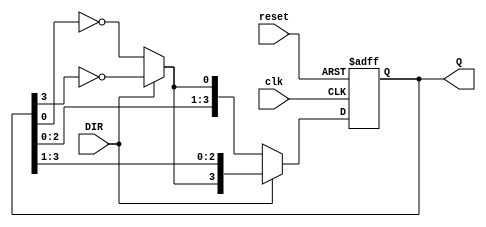
module bidirectional_johnson_counter (
    input wire clk,          // Clock signal
    input wire reset,        // Reset signal
    input wire DIR,          // Direction control (1 for up/right, 0 for down/left)
    output reg [3:0] Q       // 4-bit output for the counter (can be adjusted for n flip-flops)
);

    // Internal signal for the feedback
    wire feedback;

    // Feedback is the inverted value of the last bit of the counter
    assign feedback = DIR ? ~Q[3] : ~Q[0];

    always @(posedge clk or posedge reset) begin
        if (reset) begin
            Q <= 4'b0000; // Reset the counter to 0000
        end else begin
            if (DIR) begin
                // Shift right (counting up)
                Q <= {feedback, Q[3:1]};
            end else begin
                // Shift left (counting down)
                Q <= {Q[2:0], feedback};
            end
        end
    end

endmodule